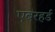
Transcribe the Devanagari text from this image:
एबरहर्ड